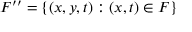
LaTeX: F ^ { \prime \prime } = \{ ( x , y , t ) : ( x , t ) \in F \}